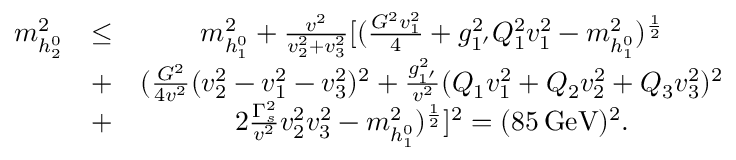
\begin{array} { c c c } { { m _ { h _ { 2 } ^ { 0 } } ^ { 2 } } } & { { \leq } } & { { m _ { h _ { 1 } ^ { 0 } } ^ { 2 } + \frac { v ^ { 2 } } { v _ { 2 } ^ { 2 } + v _ { 3 } ^ { 2 } } [ ( \frac { G ^ { 2 } v _ { 1 } ^ { 2 } } { 4 } + g _ { 1 ^ { \prime } } ^ { 2 } Q _ { 1 } ^ { 2 } v _ { 1 } ^ { 2 } - m _ { h _ { 1 } ^ { 0 } } ^ { 2 } ) ^ { \frac { 1 } { 2 } } } } \\ { { } } & { { + } } & { { ( \frac { G ^ { 2 } } { 4 v ^ { 2 } } ( v _ { 2 } ^ { 2 } - v _ { 1 } ^ { 2 } - v _ { 3 } ^ { 2 } ) ^ { 2 } + \frac { g _ { 1 ^ { \prime } } ^ { 2 } } { v ^ { 2 } } ( Q _ { 1 } v _ { 1 } ^ { 2 } + Q _ { 2 } v _ { 2 } ^ { 2 } + Q _ { 3 } v _ { 3 } ^ { 2 } ) ^ { 2 } } } \\ { { } } & { { + } } & { { 2 \frac { \Gamma _ { s } ^ { 2 } } { v ^ { 2 } } v _ { 2 } ^ { 2 } v _ { 3 } ^ { 2 } - m _ { h _ { 1 } ^ { 0 } } ^ { 2 } ) ^ { \frac { 1 } { 2 } } ] ^ { 2 } = ( 8 5 \, \mathrm { G e V } ) ^ { 2 } . } } \end{array}